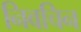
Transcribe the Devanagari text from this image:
निवचिन